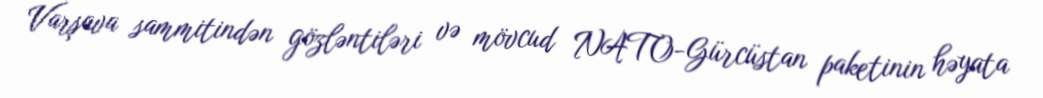
Varşava sammitindən gözləntiləri və mövcud NATO-Gürcüstan paketinin həyata